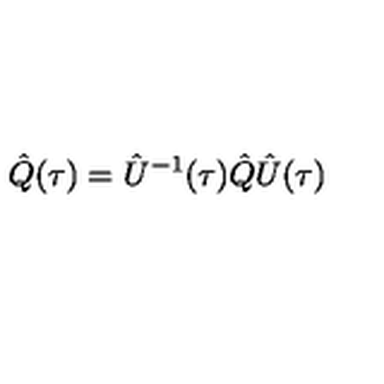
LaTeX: \hat { Q } ( \tau ) = \hat { U } ^ { - 1 } ( \tau ) \hat { Q } \hat { U } ( \tau )